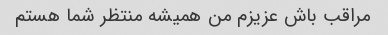
مراقب باش عزیزم من همیشه منتظر شما هستم